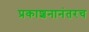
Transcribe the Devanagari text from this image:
प्रकाशनानंतरच